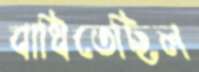
বাধিতেছিল